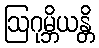
ဩဂုမ္ဘိယန္တိ